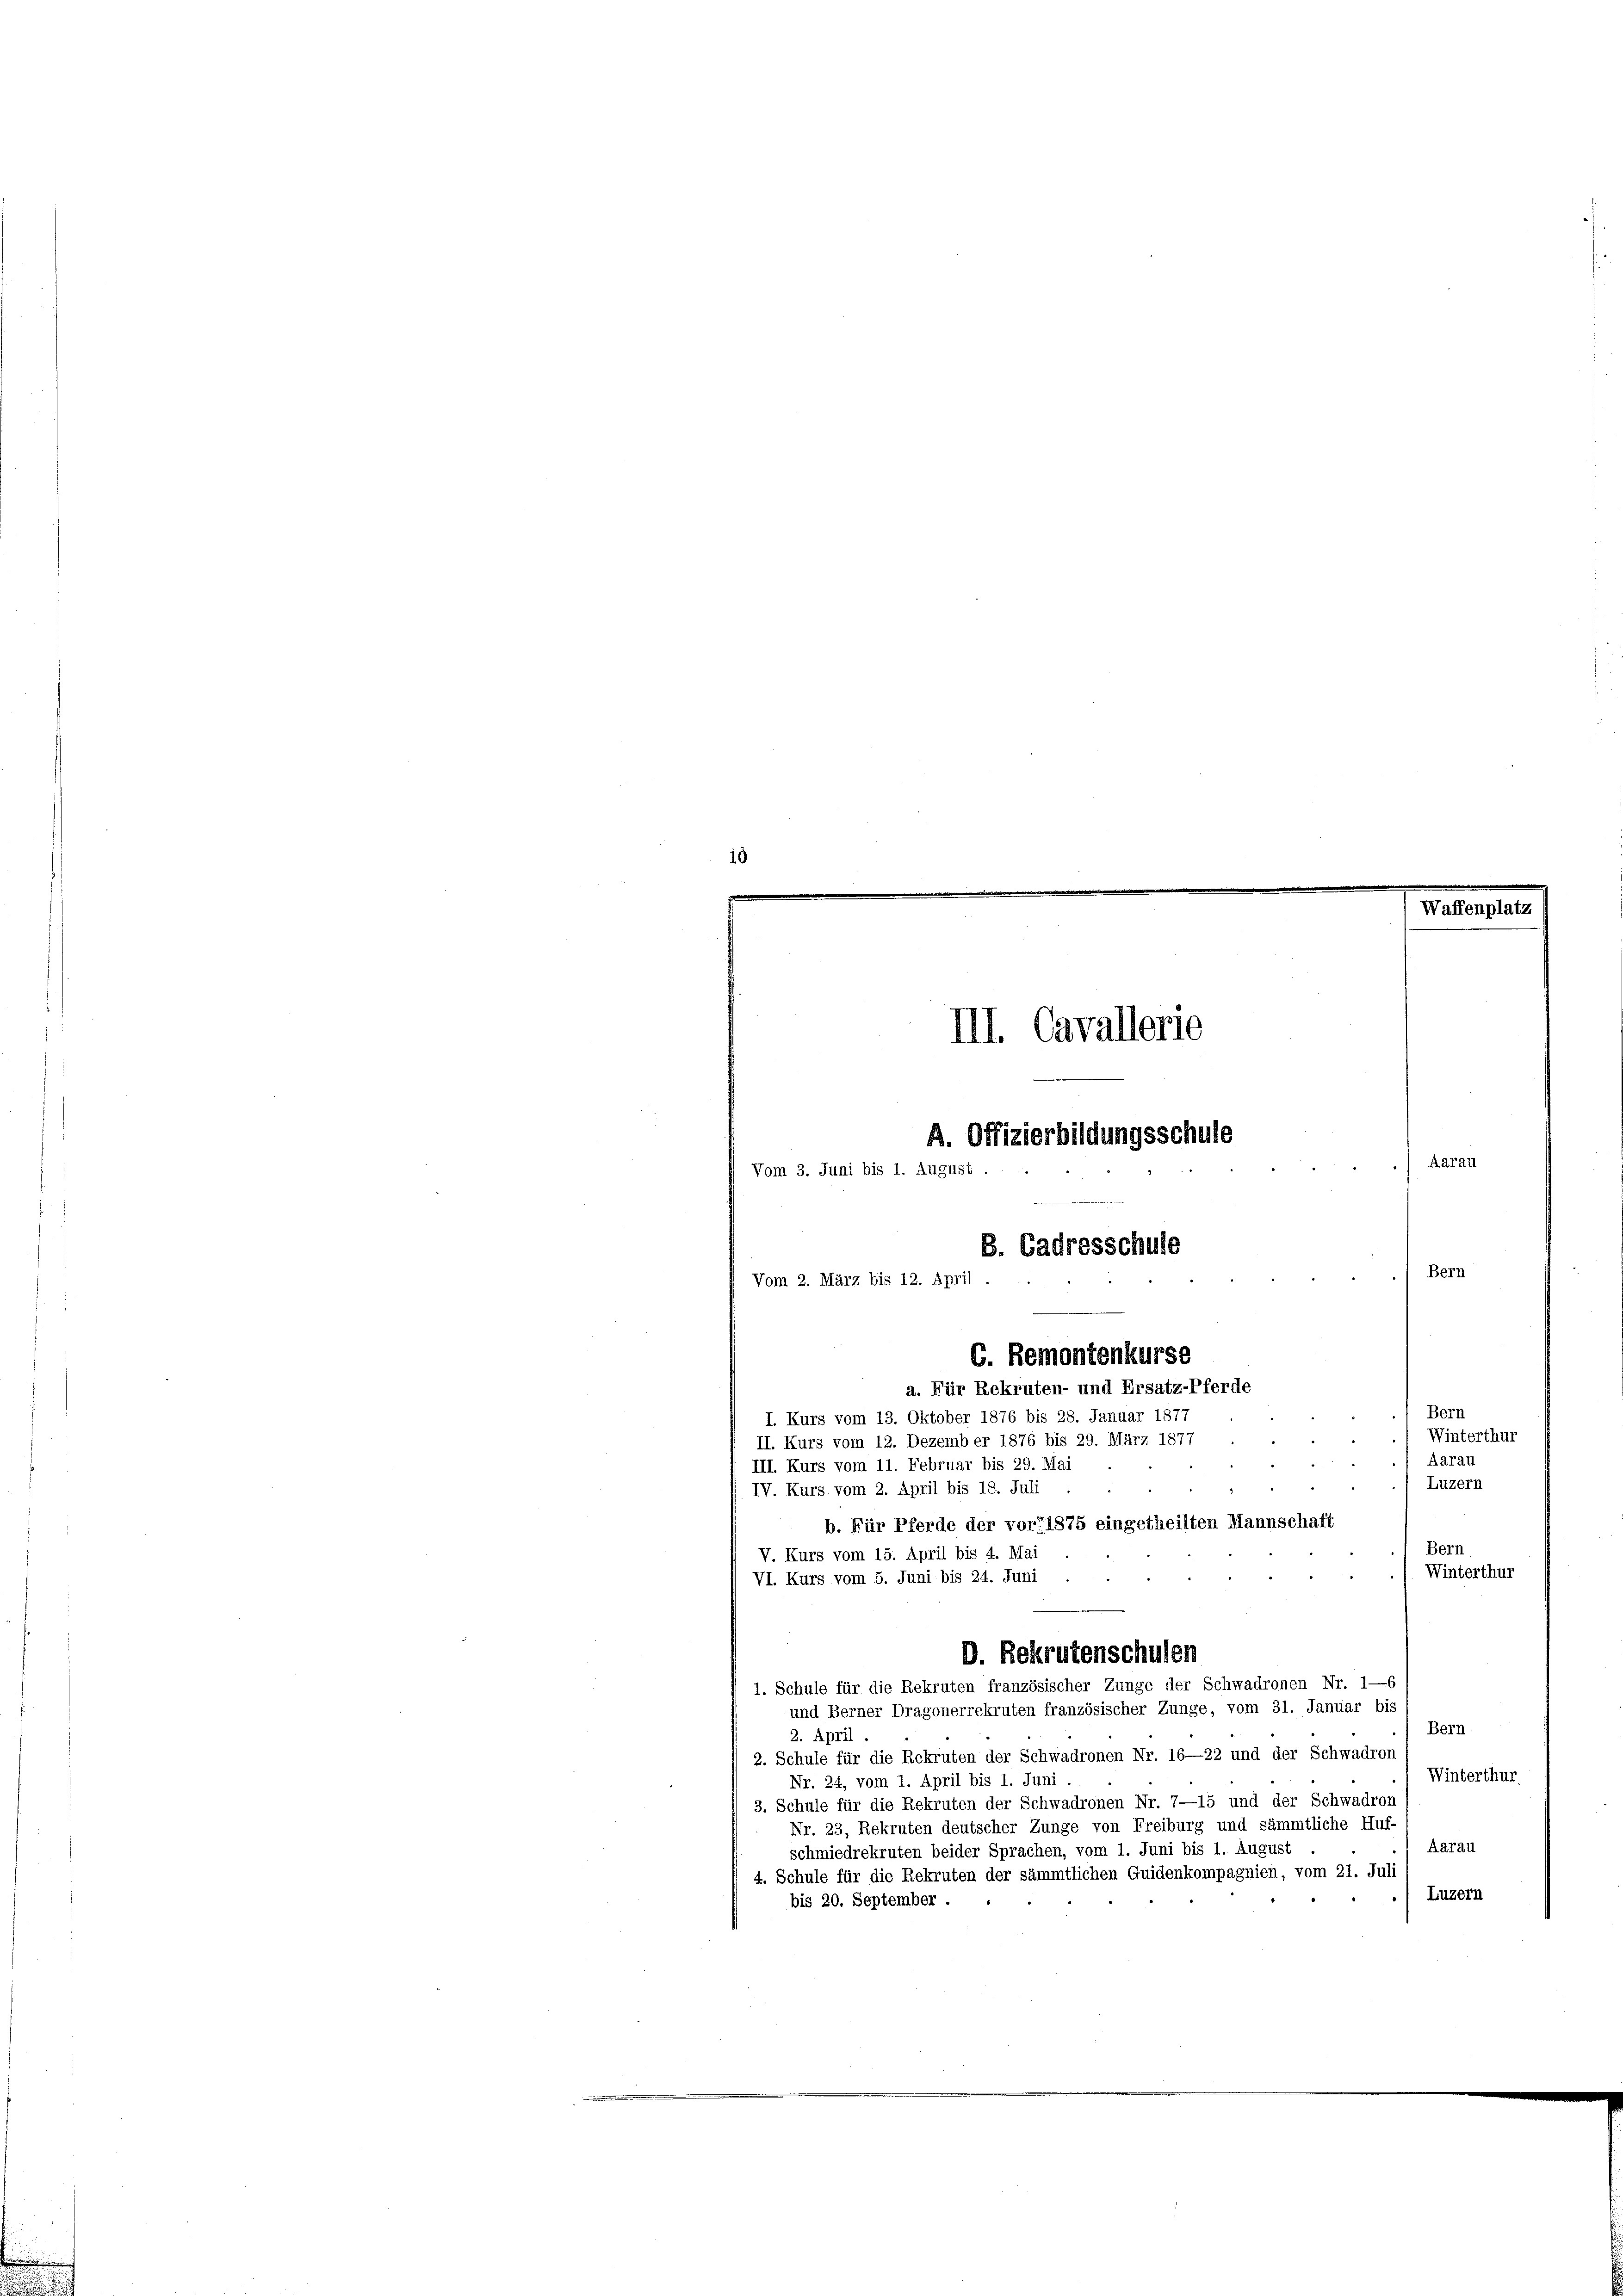
10
e
e

Waffenplatz
III. Cavallerie
A. Offizierbildungsschule
Aarau
Vom 3. Juni bis 1. August.
8. Cadresschule
Bern
Vom 2. März bis 12. April
C. Remontenkurse
a. Für Rekruten- und Ersatz-Pferde
Bern
I. Kurs vom 13. Oktober 1876 bis 28. Januar 1877
Winterthur

e

II. Kurs vom 12. Dezember 1876 bis 29. März 1877
Aarau
III. Kurs vom 11. Februar bis 29. Mai
Luzern
IV. Kurs vom 2. April bis 18. Juli
b. Für Pferde der vor 1875 eingetheilten Mannschaft
Bern
V. Kurs vom 15. April bis 4. Mai
Winterthur
VI. Kurs vom 5. Juni bis 24. Juni
D. Rekrutenschulen
1. Schule für die Rekruten französischer Zunge der Schwadronen Nr. 1—6
und Berner Dragonerrekruten französischer Zunge, vom 31. Januar bis
Bern.
2. April
2. Schule für die Rekruten der Schwadronen Nr. 16—22 und der Schwadron
Winterthur.
Nr. 24, vom 1. April bis 1. Juni
3. Schule für die Rekruten der Schwadronen Nr. 7—15 und der Schwadron
Nr. 23, Rekruten deutscher Zunge von Freiburg und sämmtliche Huf-
Aarau
schmiedrekruten beider Sprachen, vom 1. Juni bis 1. August
4. Schule für die Rekruten der sämmtlichen Guidenkompagnien, vom 21. Juli
Luzern
bis 20. September.